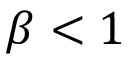
\beta < 1